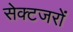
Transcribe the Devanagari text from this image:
सेक्टजरों